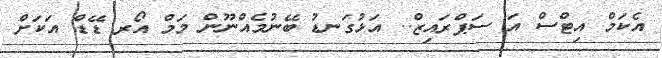
އެކަމް އިޓްސް އަ ސަޕްރައިޒް.. އަޅުގަނޑު ބޭނުމެއްނޫން މަމް އޯރ ޑޭޑް އަކަށް